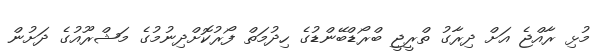
މުޅި ރާއްޖެ އަށް ދިރާގު ތްރީޖީ ބްރޯޑްބޭންޑުގެ ހިދުމަތް ފޯރުކޮށްދިނުމުގެ މަޝްރޫއުގެ ދަށުން